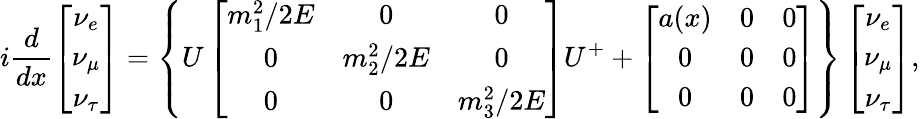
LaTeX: i\frac{d}{dx}\left[\begin{array}{c}{{\nu_{e}}}\\ {{\nu_{\mu}}}\\ {{\nu_{\tau}}}\end{array}\right]=\left\{ U\left[\begin{array}{ccc}{{m_{1}^{2}/2E}}&{{0}}&{{0}}\\ {{0}}&{{m_{2}^{2}/2E}}&{{0}}\\ {{0}}&{{0}}&{{m_{3}^{2}/2E}}\end{array}\right]U^{+}+\left[\begin{array}{ccc}{{a(x)}}&{{0}}&{{0}}\\ {{0}}&{{0}}&{{0}}\\ {{0}}&{{0}}&{{0}}\end{array}\right]\right\} \left[\begin{array}{c}{{\nu_{e}}}\\ {{\nu_{\mu}}}\\ {{\nu_{\tau}}}\end{array}\right],